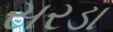
સરડા